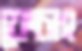
ফেচাং